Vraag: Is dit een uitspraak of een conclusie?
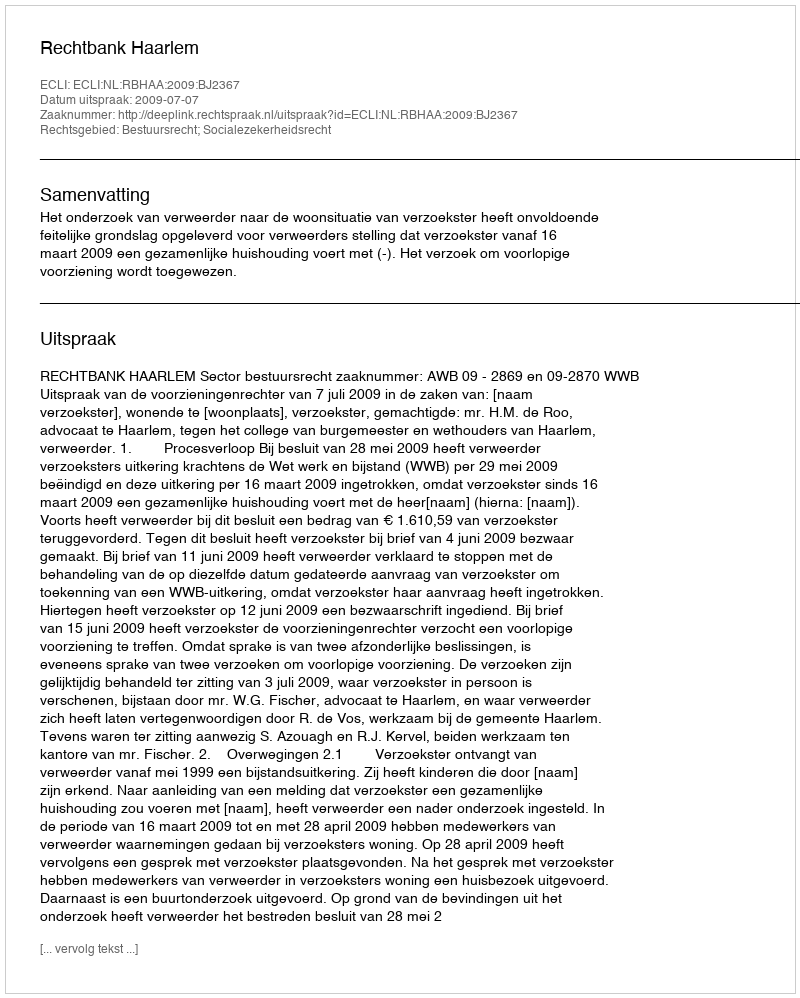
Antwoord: Uitspraak